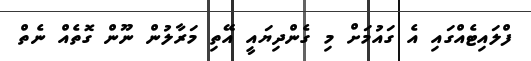
ފްލައިޓެއްގައި އެ ގައުމަށް މި ގެންދިޔައީ އޭތި މަރާލުން ނޫން ގޮތެއް ނެތް